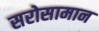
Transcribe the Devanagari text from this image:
सरोसामान